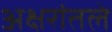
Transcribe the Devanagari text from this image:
अक्षरांतले